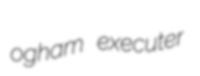
ogham executer